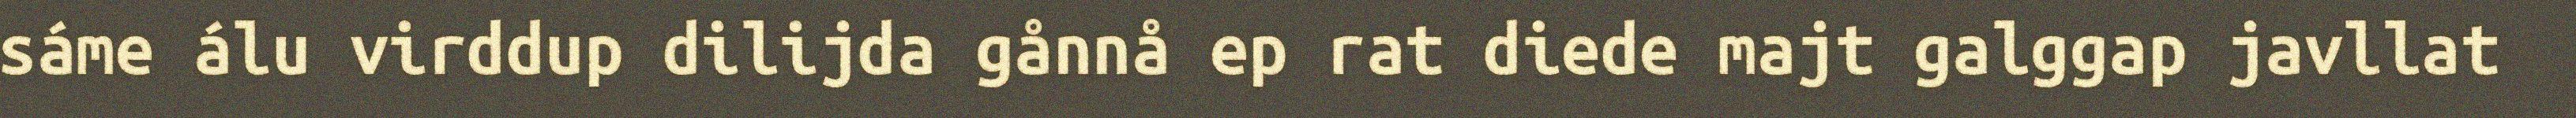
sáme álu virddup dilijda gånnå ep rat diede majt galggap javllat